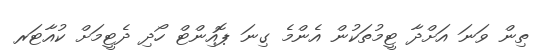
ތިން ވަނަ އަށްދާ ޓީމުތަކުން އެންމެ ގިނަ ޕޮއިންޓް ހޯދި ދެޓީމަށް ކުއާޓަރ